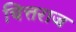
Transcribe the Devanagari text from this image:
चित्तराज